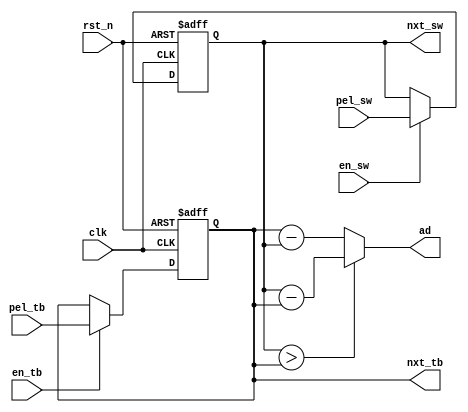
`default_nettype none
module pe
(
  input  wire       rst_n,
  input  wire       clk,
  input  wire       en_sw,
  input  wire       en_tb,
  input  wire [7:0] pel_sw,
  input  wire [7:0] pel_tb,
  output reg  [7:0] nxt_sw,
  output reg  [7:0] nxt_tb,
  output wire [7:0] ad
);

always @(posedge clk or negedge rst_n) begin
  if(~rst_n) begin
    nxt_sw <= 0;
    nxt_tb <= 0;
  end else begin
    if(en_sw)
      nxt_sw <= #1 pel_sw;
    if(en_tb)
      nxt_tb <= #1 pel_tb;
  end
end

// 8-bit AD
assign ad = (nxt_sw > nxt_tb) ? nxt_sw - nxt_tb
                              : nxt_tb - nxt_sw;

// 4-bit AD
// assign ad[3:0] = (nxt_sw[7:4] > nxt_tb[7:4]) ? nxt_sw[7:4] - nxt_tb[7:4]
                                             // : nxt_tb[7:4] - nxt_sw[7:4];

// 2-bit AD, 6-bit XOR
// assign ad[7:6] = (nxt_sw[7:6] > nxt_tb[7:6]) ? nxt_sw[7:6] - nxt_tb[7:6]
                                             // : nxt_tb[7:6] - nxt_sw[7:6];
// assign ad[5:0] = nxt_sw[5:0] ^ nxt_tb[5:0];

endmodule
`default_nettype wire